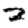
Digit: 2